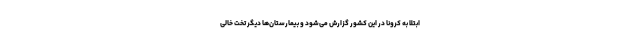
ابتلا به کرونا در این کشور گزارش می‌شود و بیمارستان‌ها دیگر تخت خالی